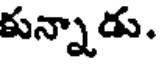
కున్నాడు.